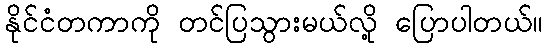
နိုင်ငံတကာကို တင်ပြသွားမယ်လို့ ပြောပါတယ်။